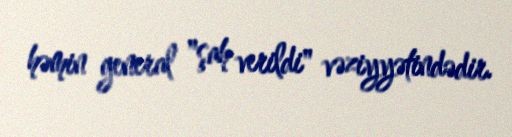
həmin general "şah verildi" vəziyyətindədir.